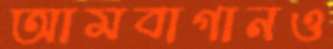
আমবাগানও